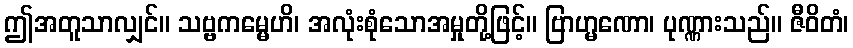
ဤအတူသာလျှင်။ သဗ္ဗကမ္မေဟိ၊ အလုံးစုံသောအမှုတို့ဖြင့်။ ဗြာဟ္မဏော၊ ပုဏ္ဏားသည်။ ဇီဝိတံ၊